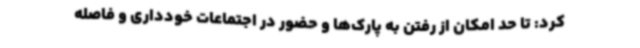
کرد: تا حد امکان از رفتن به پارک‌ها و حضور در اجتماعات خودداری و فاصله